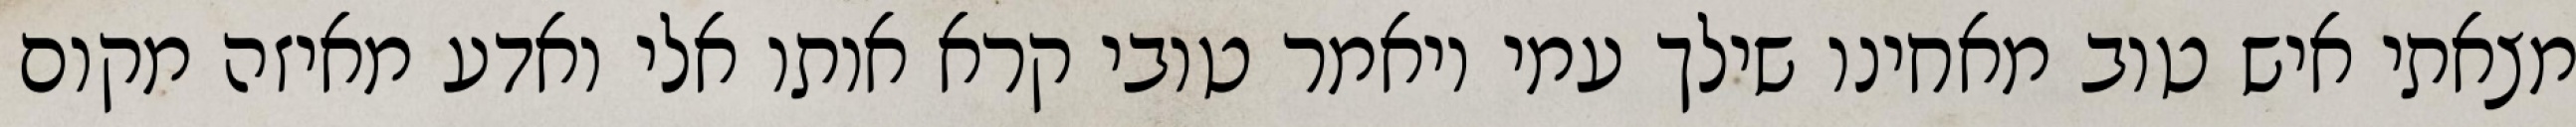
מצאתי איש טוב מאחינו שילך עמי ויאמר טובי קרא אותו אלי ואדע מאיזה מקום